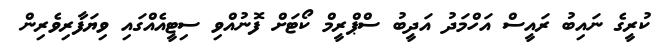
ކުރީގެ ނައިބު ރައީސް އަހްމަދު އަދީބު ސްޕްރީމް ކޯޓަށް ފޮނުއްވި ސިޓީއެއްގައި ވިޔަފާރިވެރިން